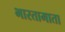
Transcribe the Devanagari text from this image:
भारतामाता